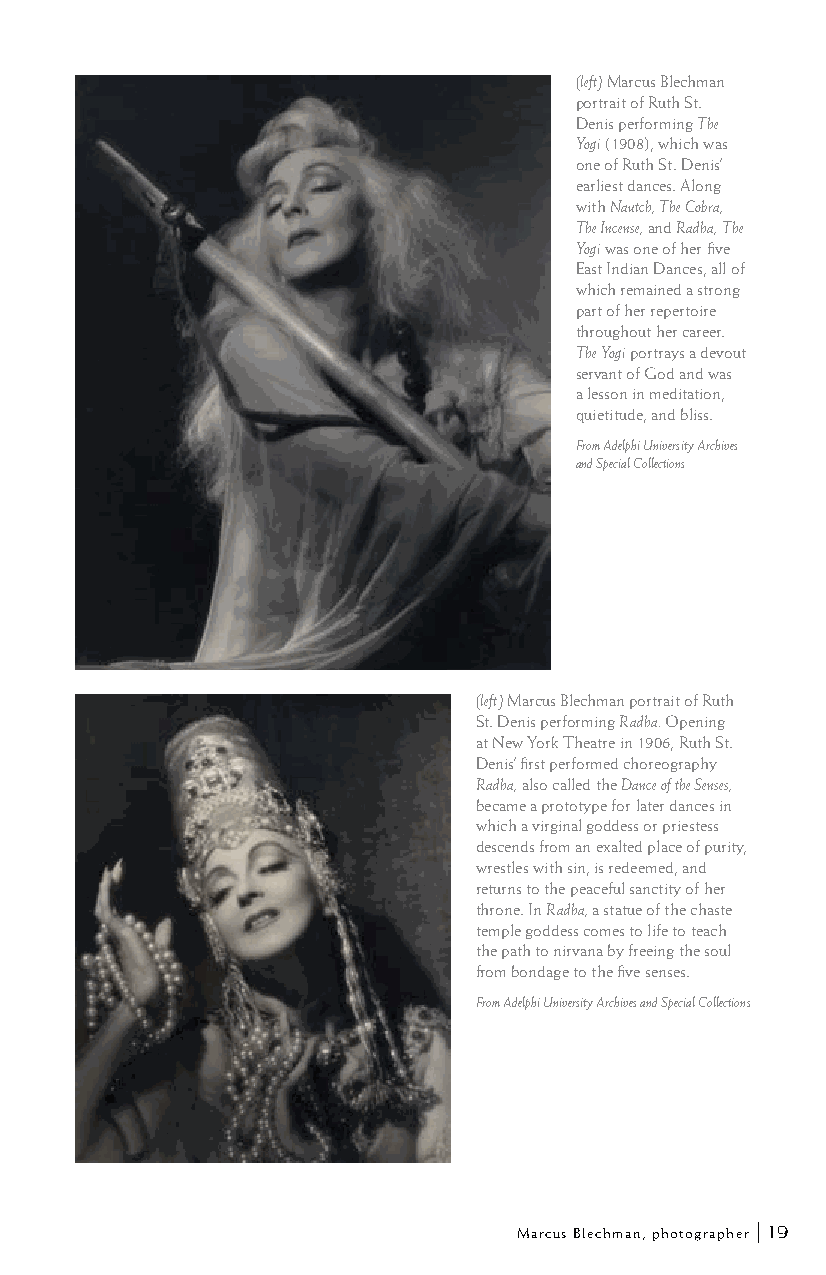
(left) Marcus Blechman
 portrait of Ruth St.
 Denis performing The
 Yogi (1908), which was
 one of Ruth St. Denis’
 earliest dances. Along
 with Nautch, The Cobra,
 The Incense, and Radha, The
 Yogi was one of her five
 East Indian Dances, all of
 which remained a strong
 part of her repertoire
 throughout her career.
 The Yogi portrays a devout
 servant of God and was
 a lesson in meditation,
 quietitude, and bliss.
 From Adelphi University Archives
 and Special Collections
 (left) Marcus Blechman portrait of Ruth
 St. Denis performing Radha. Opening
 at New York Theatre in 1906, Ruth St.
 Denis’ first performed choreography
 Radha, also called the Dance of the Senses,
 became a prototype for later dances in
 which a virginal goddess or priestess
 descends from an exalted place of purity,
 wrestles with sin, is redeemed, and
 returns to the peaceful sanctity of her
 throne. In Radha, a statue of the chaste
 temple goddess comes to life to teach
 the path to nirvana by freeing the soul
 from bondage to the five senses.
 From Adelphi University Archives and Special Collections
 Marcus Blechman, photographer | 19